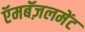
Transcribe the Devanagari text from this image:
ऍमबॅज़लमेंट